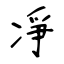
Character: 凈